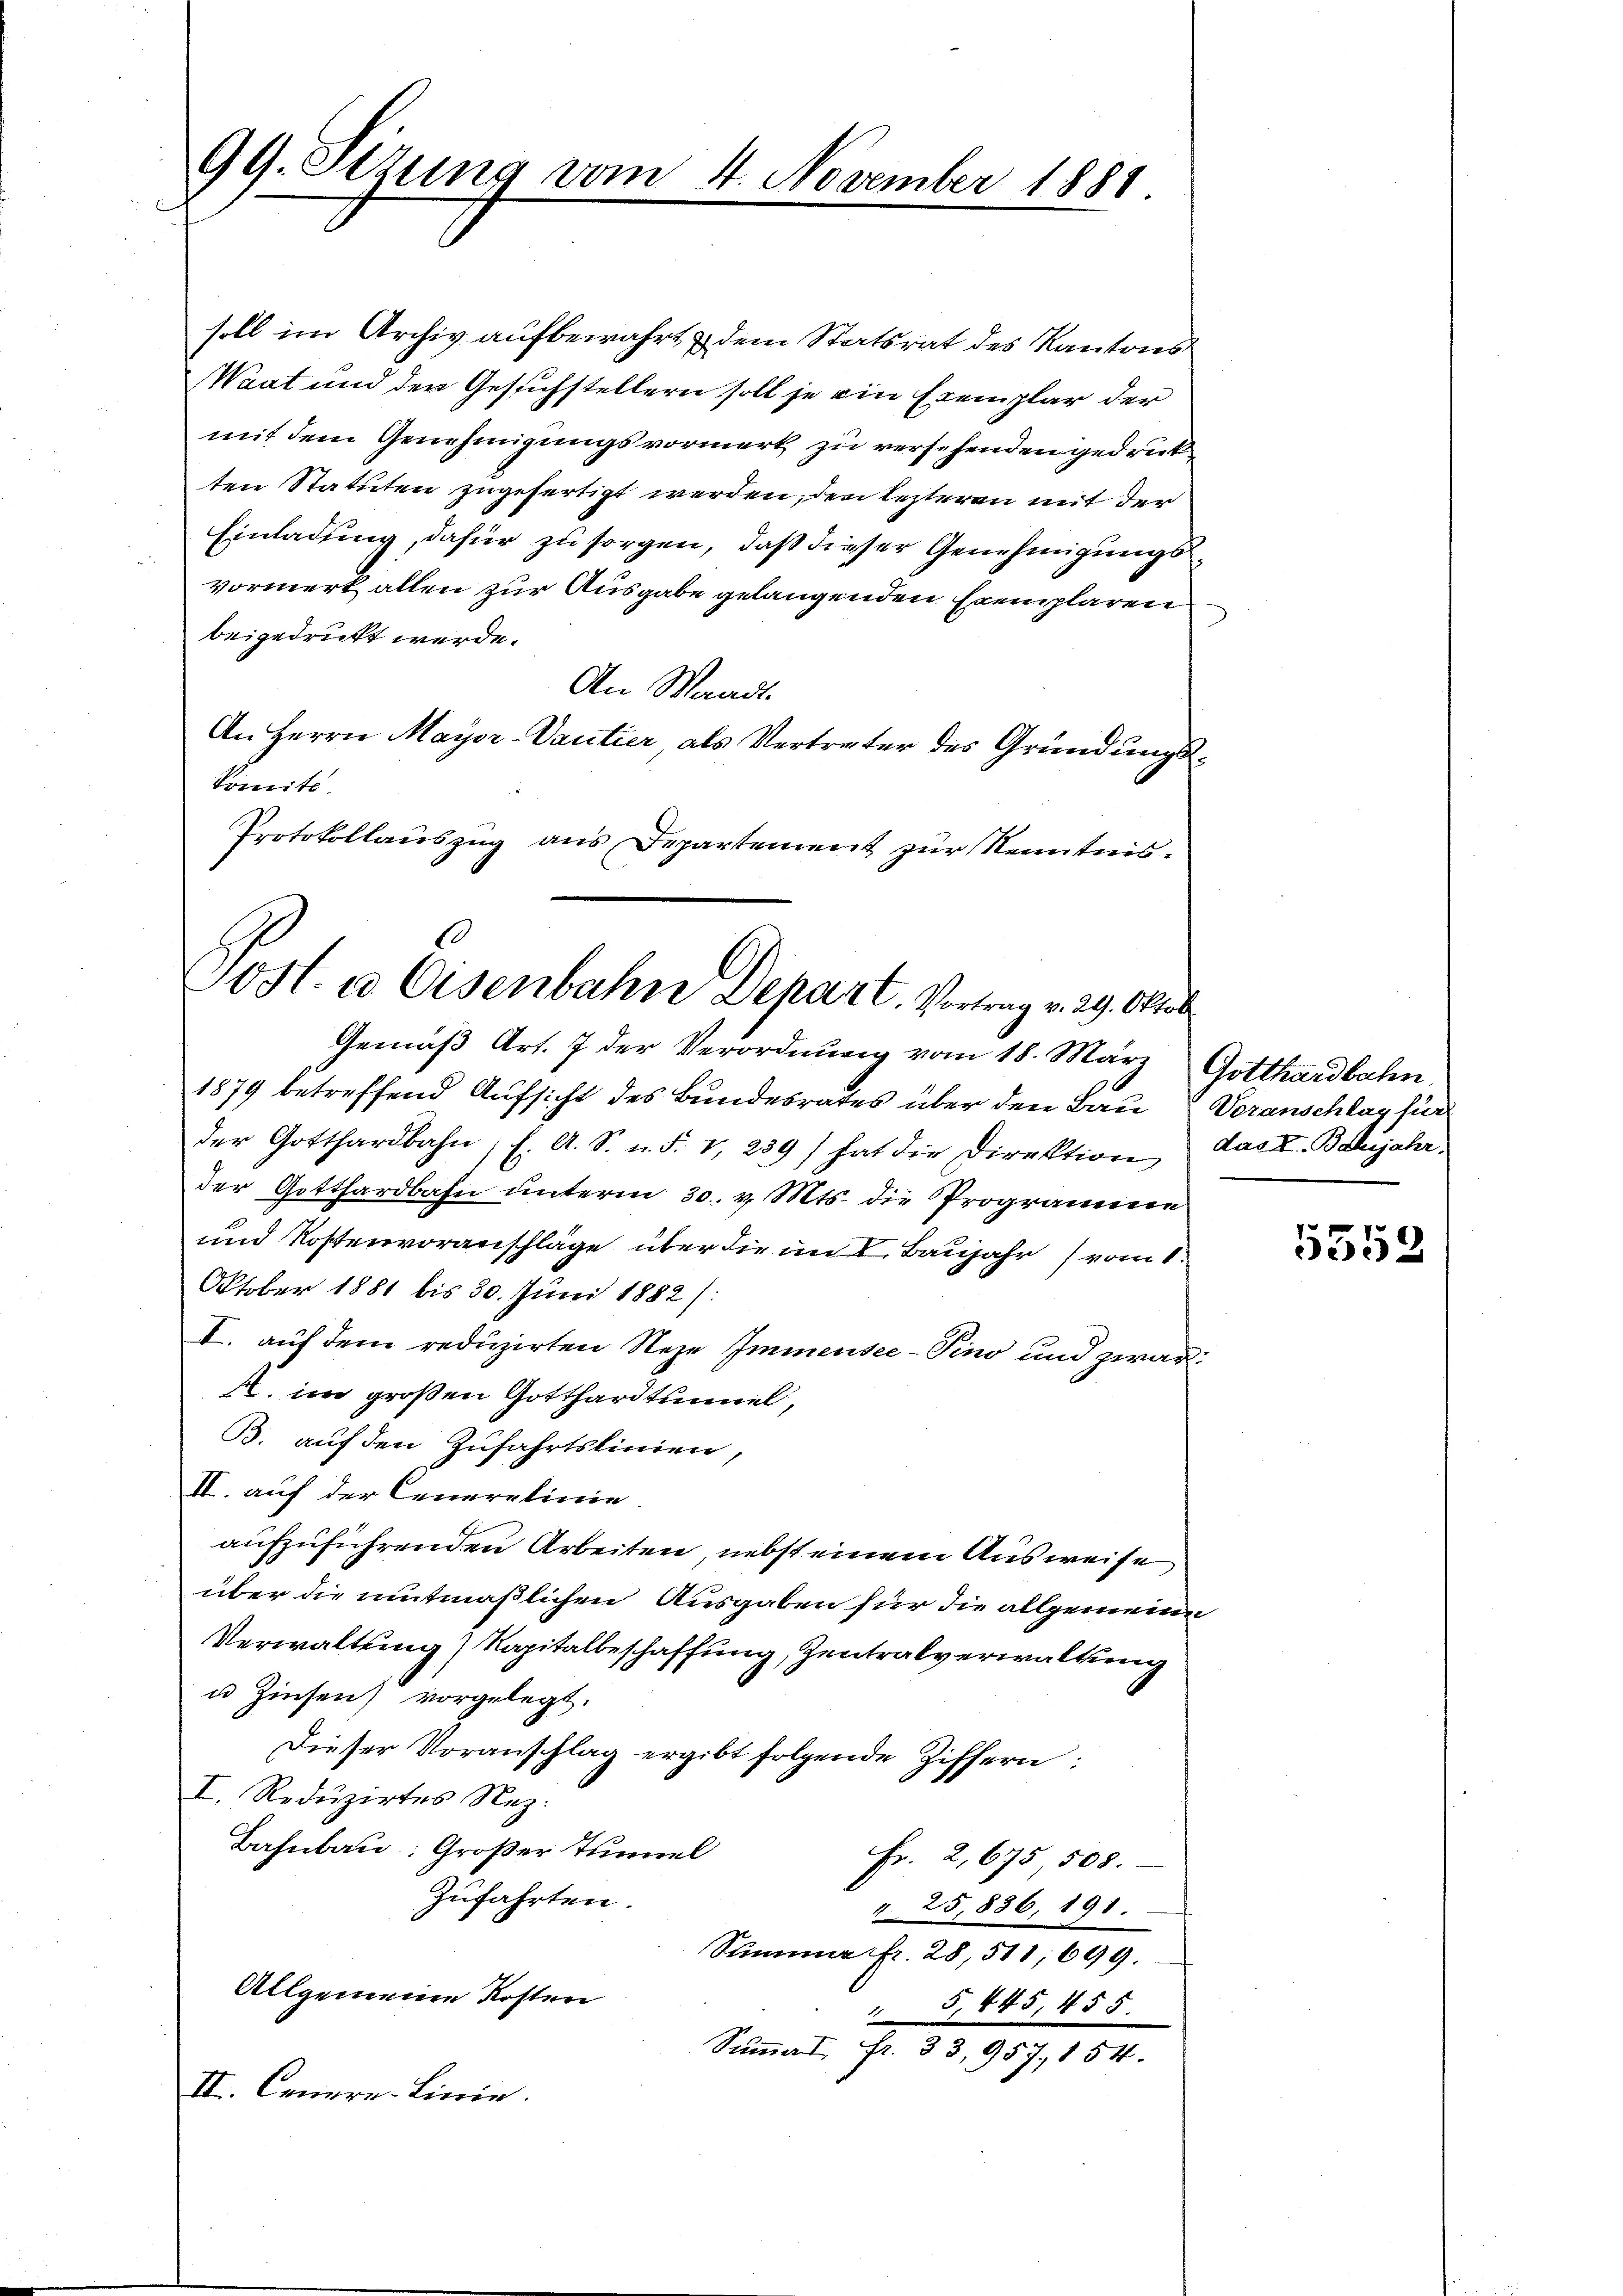
99. Sizung vom

soll im Archiv aufbewahrt & dem Statsrat des Kantons
Waat und der Gesuchstellern soll je ein Exemplar der
mit dem Genehmigungsvormerk zu versehenden gedrukten Statuten zugefertigt werden, den lezteren mit der
Einladung, dafür zu sorgen, daß dieser Genehmigungsvormerk allen zur Ausgabe gelangenden Exemplaren
beigedruckt werde.
An Waadt.
An Herrn Mayor-Vantier als Vertreter des Gründungskomité.
Protokollauszug aus Departement zur Kenntnis¬
Jost. a Osenbahn Depart. Vortrag v. 29. Oktob

4. November 1881

Gemäß Art. 7 der Verordnung vom 18. März Gotthardbahn
1879 betreffend Aufsicht des Bundesrates über den Bau Voranschlag für
der Gotthardbahn, s. A. S. n. F. v. 289) hat die Direktion, das I. Baljahr
der Gotthardbahn unterm 30. v. Mts. die Programme
und Kostenvoranschläge über die im C. Baujahr vom 1.
Oktober 1881 bis 30. Juni 1882 /:
I. auf dem reduzirten Neze Immensee–Pino und zwar:
. im großen Gotthardtunnel,
B. auf den Zufahrtslinien,
II. auf der Cenerelinie.
aufzuführenden Arbeiten, nebst einem Ausweise
über die mitmaßlichen Ausgaben für die allgemeine
Verwaltung) Kapitalbeschaffung, Zentralverwaltung
u Zinsen) vorgelegt.
Dieser Voranschlag ergibt folgende Ziffern:
I. Reduzirtes Naz.
Bahnbau: Großer Tunnel
Fr. 2,675, 508.
Zufahrten.
" 25,886, 191.
Stimmer fr. 28, 518, 699.
Allgemeine Kosten
5, 445, 455.
Summat fr. 33,957, 154.
II. Canarn-Linie.

5552